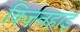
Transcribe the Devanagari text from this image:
क्ज़िनहाइ